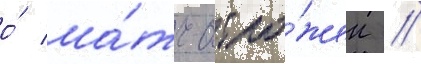
о́ ма́тч отло́жен //